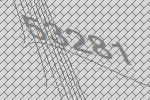
53281